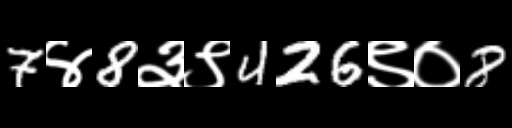
Text: 7४8३९426९०8